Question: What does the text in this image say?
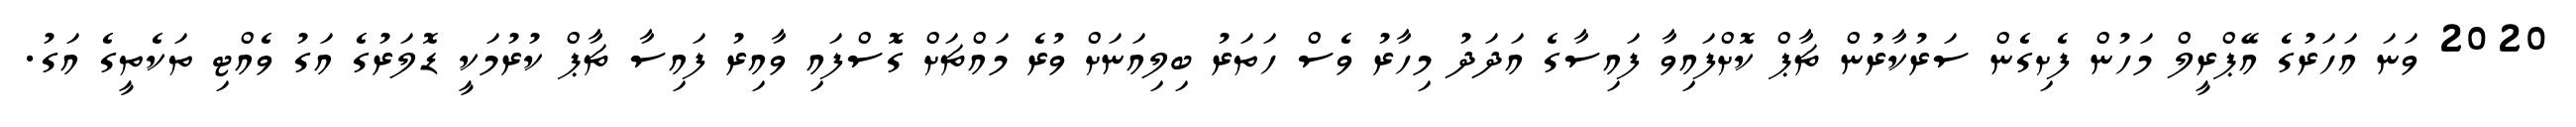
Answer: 2020 ވަނަ އަހަރުގެ އޭޕްރީލް މަހުން ފެށިގެން ސަރުކާރުން ޗާޕް ކޮށްފައިވާ ފައިސާގެ އަދަދު މިހާރު ވެސް ހަތަރު ބިލިއަނަށް ވުރެ މައްޗަށް ގޮސްފައި ވާއިރު ފައިސާ ޗާޕް ކުރުމަކީ ޑޮލަރުގެ އަގު ވެއްޓި ތަކެތީގެ އަގު.